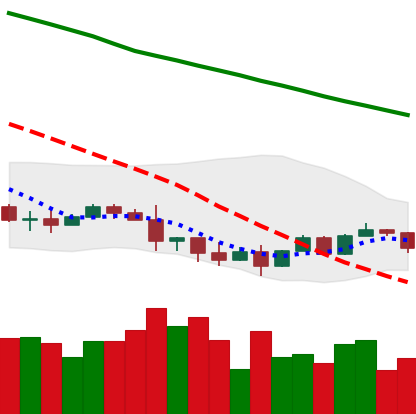
Ticker: NEO-USD
Chart end date: 2022-01-17
Forward return: -25.769%
Label: down_7plus